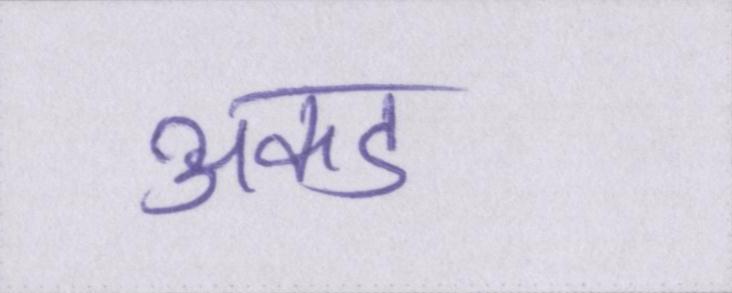
अकड